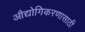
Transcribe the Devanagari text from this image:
औद्योगिकरणासाठी